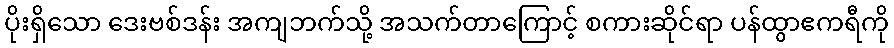
ပိုးရှိသော ဒေးဗစ်ဒန်း အကျဘက်သို့ အသက်တာကြောင့် စကားဆိုင်ရာ ပန်ထွာဧကရီကို